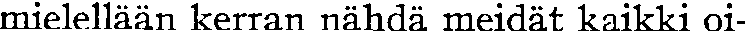
mielellään kerran nähdä meidät kaikki oi-